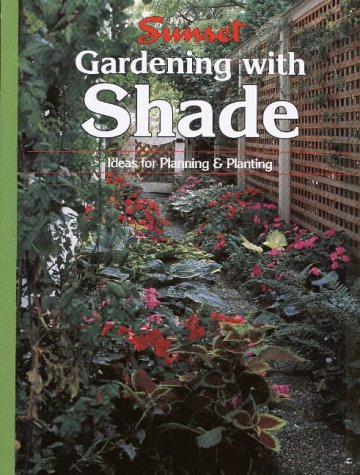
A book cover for Gardening with Shade: Ideas for Planning and Planting; Crafts, Hobbies & Home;